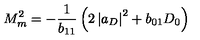
M _ { m } ^ { 2 } = - \frac { 1 } { b _ { 1 1 } } \left( 2 \left| a _ { D } \right| ^ { 2 } + { b } _ { 0 1 } D _ { 0 } \right)